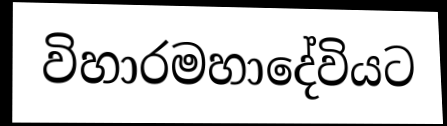
විහාරමහාදේවියට